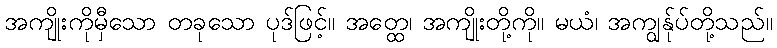
အကျိုးကိုမှီသော တခုသော ပုဒ်ဖြင့်။ အတ္ထေ၊ အကျိုးတို့ကို။ မယံ၊ အကျွန်ုပ်တို့သည်။